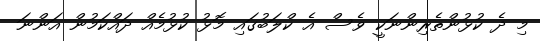
މި ދެ ކުޅުންތެރިންނަކީ ވެސް އެ ކްލަބުގައި މޮޅު ކުޅުމެއް ދައްކަމުން އަންނަ